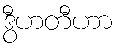
ဒွီဟတီဟာ